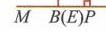
\(\overline{M\ B(E)P}\)